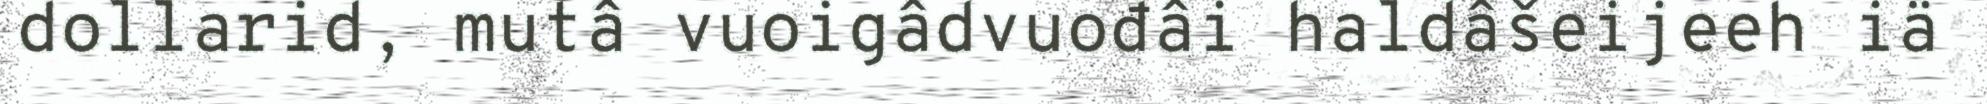
dollarid, mutâ vuoigâdvuođâi haldâšeijeeh iä